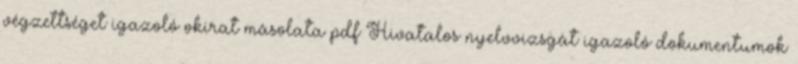
végzettséget igazoló okirat másolata pdf Hivatalos nyelvvizsgát igazoló dokumentumok